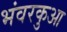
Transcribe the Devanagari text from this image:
भंवरकुआ